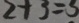
2 + 3 = 3